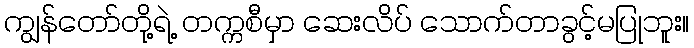
ကျွန်တော်တို့ရဲ့ တက္ကစီမှာ ဆေးလိပ် သောက်တာခွင့်မပြုဘူး။